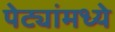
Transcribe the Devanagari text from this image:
पेट्यांमध्ये